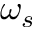
\omega _ { s }